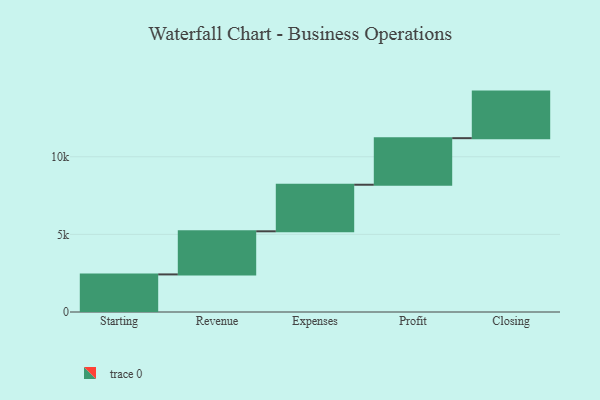
{"axis": {"x": "Step", "y": "Value"}, "legend": [""], "data": [{"x": "Starting", "y": 2422.0, "type": ""}, {"x": "Revenue", "y": 2777.0, "type": ""}, {"x": "Expenses", "y": 3000, "type": ""}, {"x": "Profit", "y": 3000, "type": ""}, {"x": "Closing", "y": 3000, "type": ""}]}